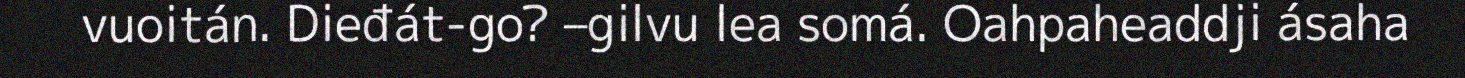
vuoitán. Dieđát-go? –gilvu lea somá. Oahpaheaddji ásaha